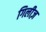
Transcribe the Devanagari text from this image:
गिलीज़